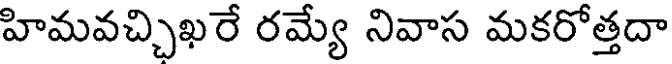
హిమవచ్చిఖరే రమ్యే నివాస మకరోత్తదా